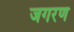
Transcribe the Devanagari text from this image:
जगरण